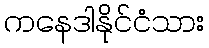
ကနေဒါနိုင်ငံသား